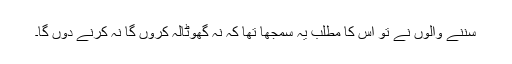
سننے والوں نے تو اس کا مطلب یہ سمجھا تھا کہ نہ گھوٹالہ کروں گا نہ کرنے دوں گا۔